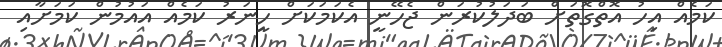
ކަމެއް އިހު އޮތްގޮތަށް ބަދަލުކުރަން ޖެހޭނީ އެކަމަކަށް ހީނަރު ކަމެއް އައުމުން ކަމަށާއި